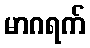
မာဂရက်